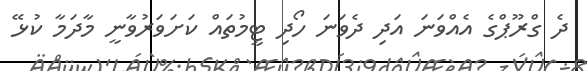
ދެ ގްރޫޕްގެ އެއްވަނަ އަދި ދެވަނަ ހޯދި ޓީމުތައް ކަށަވަރުވާނީ މާދަމާ ކުޅޭ